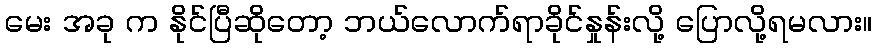
မေး အခု က နိုင်ပြီဆိုတော့ ဘယ်လောက်ရာခိုင်နှုန်းလို့ ပြောလို့ရမလား။